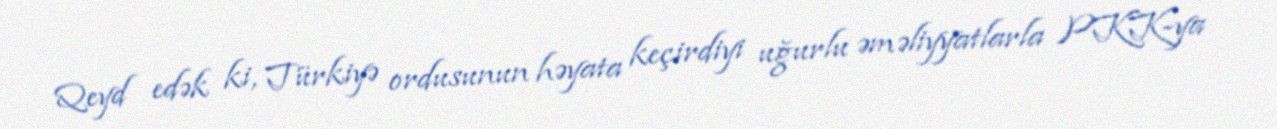
Qeyd edək ki, Türkiyə ordusunun həyata keçirdiyi uğurlu əməliyyatlarla PKK-ya